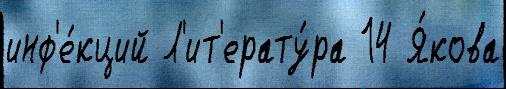
инф'е́кций Л'ит'ерату́ра 14 Я́кова